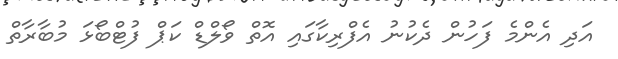
އަދި އެންމެ ފަހުން ދެކުނު އެފްރިކާގައި އޮތް ވޯލްޑް ކަޕް ފުޓްބޯޅަ މުބާރާތް